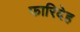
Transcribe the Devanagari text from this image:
फारिदेह